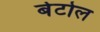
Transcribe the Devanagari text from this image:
बेटोल